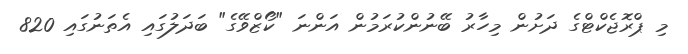
މި ޕްރޮޖެކްޓްގެ ދަށުން މިހާރު ބޭނުންކުރަމުން އަންނަ "ކޯޒްވޭގެ" ބަދަލުގައި އެތަނުގައި 820